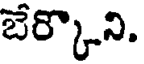
బేర్కొని.